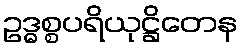
ဥဒ္ဓစ္စပရိယုဋ္ဌိတေန